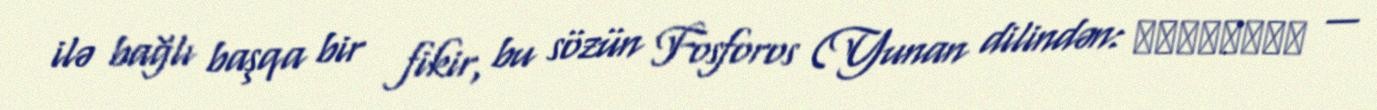
ilə bağlı başqa bir fikir, bu sözün Fosforos (Yunan dilindən: Φωσφόρος —